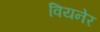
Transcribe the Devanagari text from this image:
वियनेर